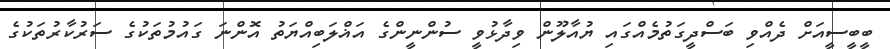
ބީބީސީއަށް ދެއްވި ބަސްދީގަތުމެއްގައި ޔުއާލޫން ވިދާޅުވީ ސުންނީންގެ އަޣްލަބިއްޔަތު އޮންނަ ގައުމުތަކުގެ ސަރުކާރުތަކުގެ